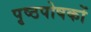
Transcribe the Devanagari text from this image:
पृष्ठपोषकों